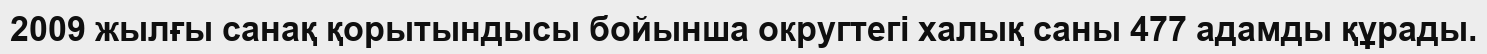
2009 жылғы санақ қорытындысы бойынша округтегі халық саны 477 адамды құрады.